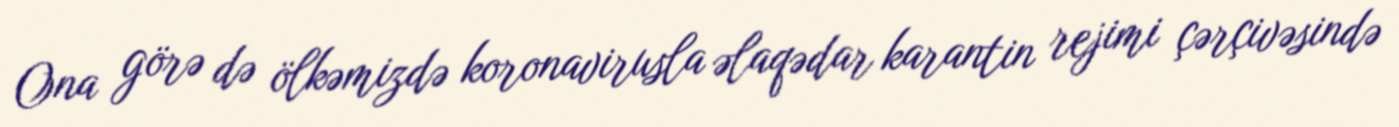
Ona görə də ölkəmizdə koronavirusla əlaqədar karantin rejimi çərçivəsində